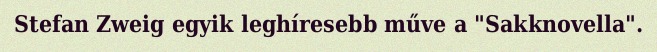
Stefan Zweig egyik leghíresebb műve a "Sakknovella".